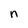
Character: n